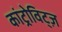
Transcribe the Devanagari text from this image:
कांट्रोविट्ज़